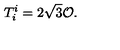
T _ { i } ^ { i } = 2 \sqrt { 3 } \mathcal { O } .